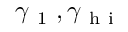
\gamma _ { \mathrm { ~ 1 ~ } } , \gamma _ { \mathrm { ~ h ~ i ~ } }